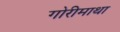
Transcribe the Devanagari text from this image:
गोरीमाथा